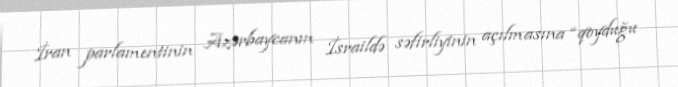
İran parlamentinin Azərbaycanın İsraildə səfirliyinin açılmasına “qoyduğu